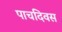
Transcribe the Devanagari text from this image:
पाचदिवस